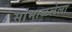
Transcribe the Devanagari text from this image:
सांभाळलेला